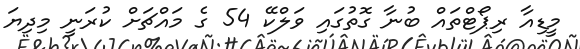
މީޑިއާ ރިޕޯޓްތައް ބުނާ ގޮތުގައި ވަލްކޭ 54 ގެ މައްޗަށް ކުރަނީ މިދިޔަ